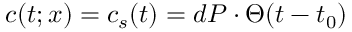
c ( t ; x ) = c _ { s } ( t ) = d P \cdot \Theta ( t - t _ { 0 } )